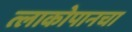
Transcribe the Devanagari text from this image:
त्लाकोपानचा